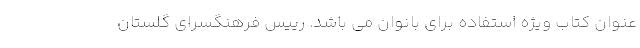
عنوان کتاب ویژه استفاده برای بانوان می باشد. رییس فرهنگسرای گلستان